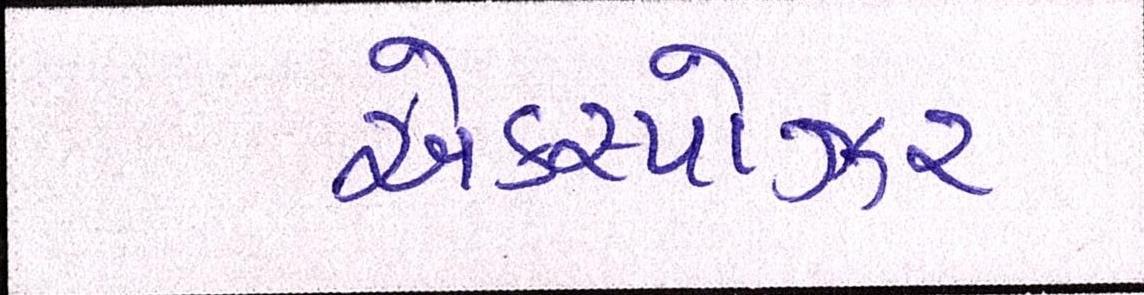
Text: એક્સ્પોઝર